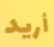
أريد